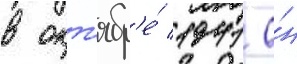
в окт'ябр'е́ 1941 о́н